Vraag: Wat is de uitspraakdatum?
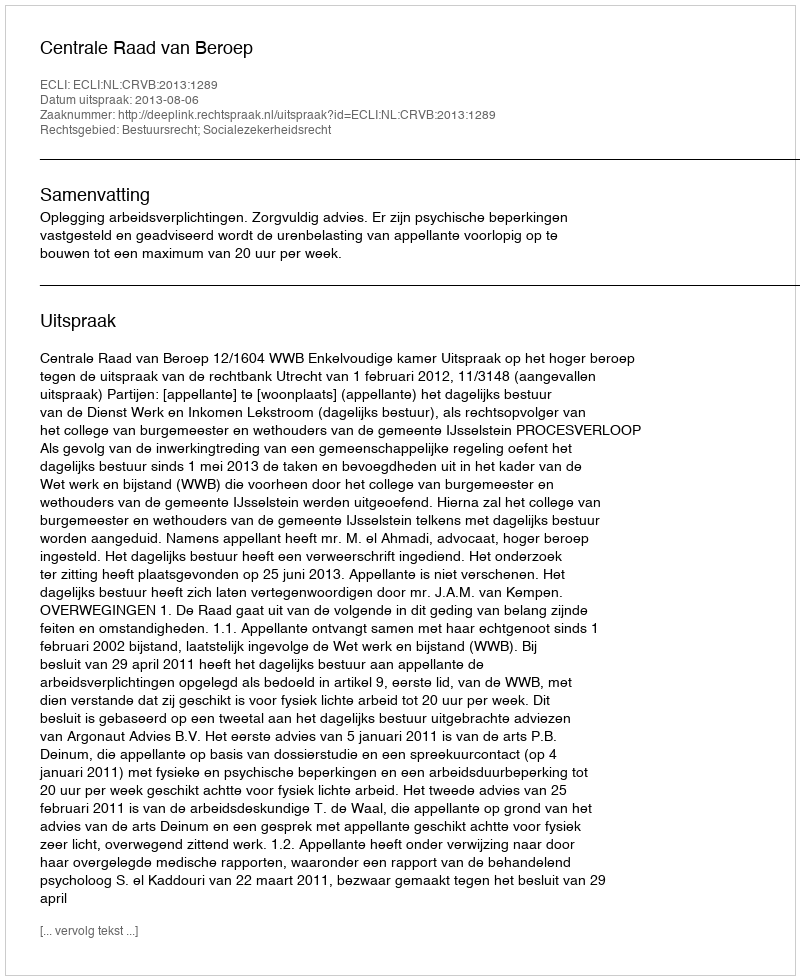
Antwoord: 2013-08-06